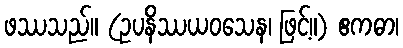
ဖဿသည်။ (ဥပနိဿယဝသေန၊ ဖြင့်။) ဧကဓာ၊